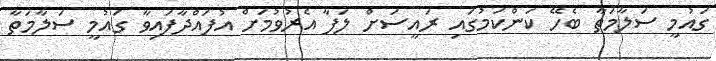
ގައުމީ ސަލާމަތާ ބެހޭ ކަންކަމުގައި ރައީސަށް ލަފާ އެރުވުމަށް އުފައްދާފައިވާ ގައުމީ ސަލާމަތާ